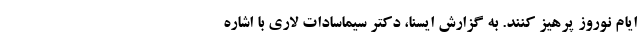
ایام نوروز پرهیز کنند. به گزارش ایسنا، دکتر سیماسادات لاری با اشاره